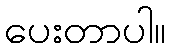
ပေးတာပါ။